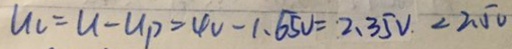
u _ { c } = u - u _ { P } = 4 v - 1 . 6 5 v = 2 . 3 5 V < 2 . 5 0